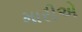
મારીએ